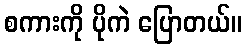
စကားကို ပိုကဲ ပြောတယ်။